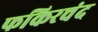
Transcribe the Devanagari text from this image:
फकिरचंद